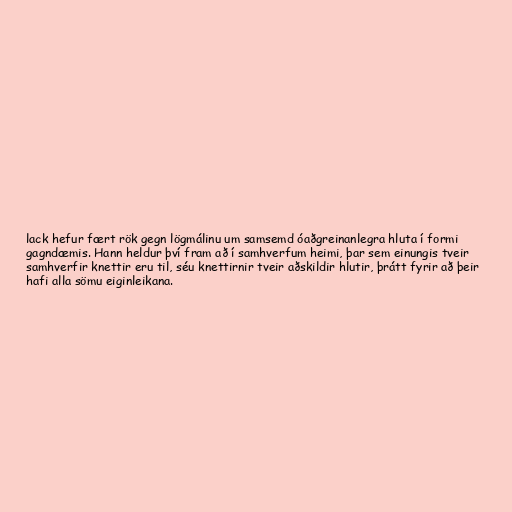
lack hefur fært rök gegn lögmálinu um samsemd óaðgreinanlegra hluta í formi
gagndæmis. Hann heldur því fram að í samhverfum heimi, þar sem einungis tveir
samhverfir knettir eru til, séu knettirnir tveir aðskildir hlutir, þrátt fyrir að þeir
hafi alla sömu eiginleikana.